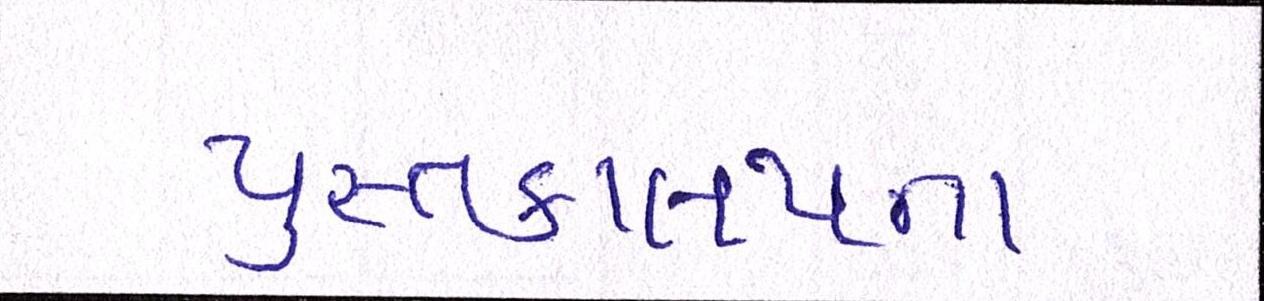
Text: પુસ્તકાલયના